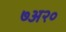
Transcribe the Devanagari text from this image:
७अ२०